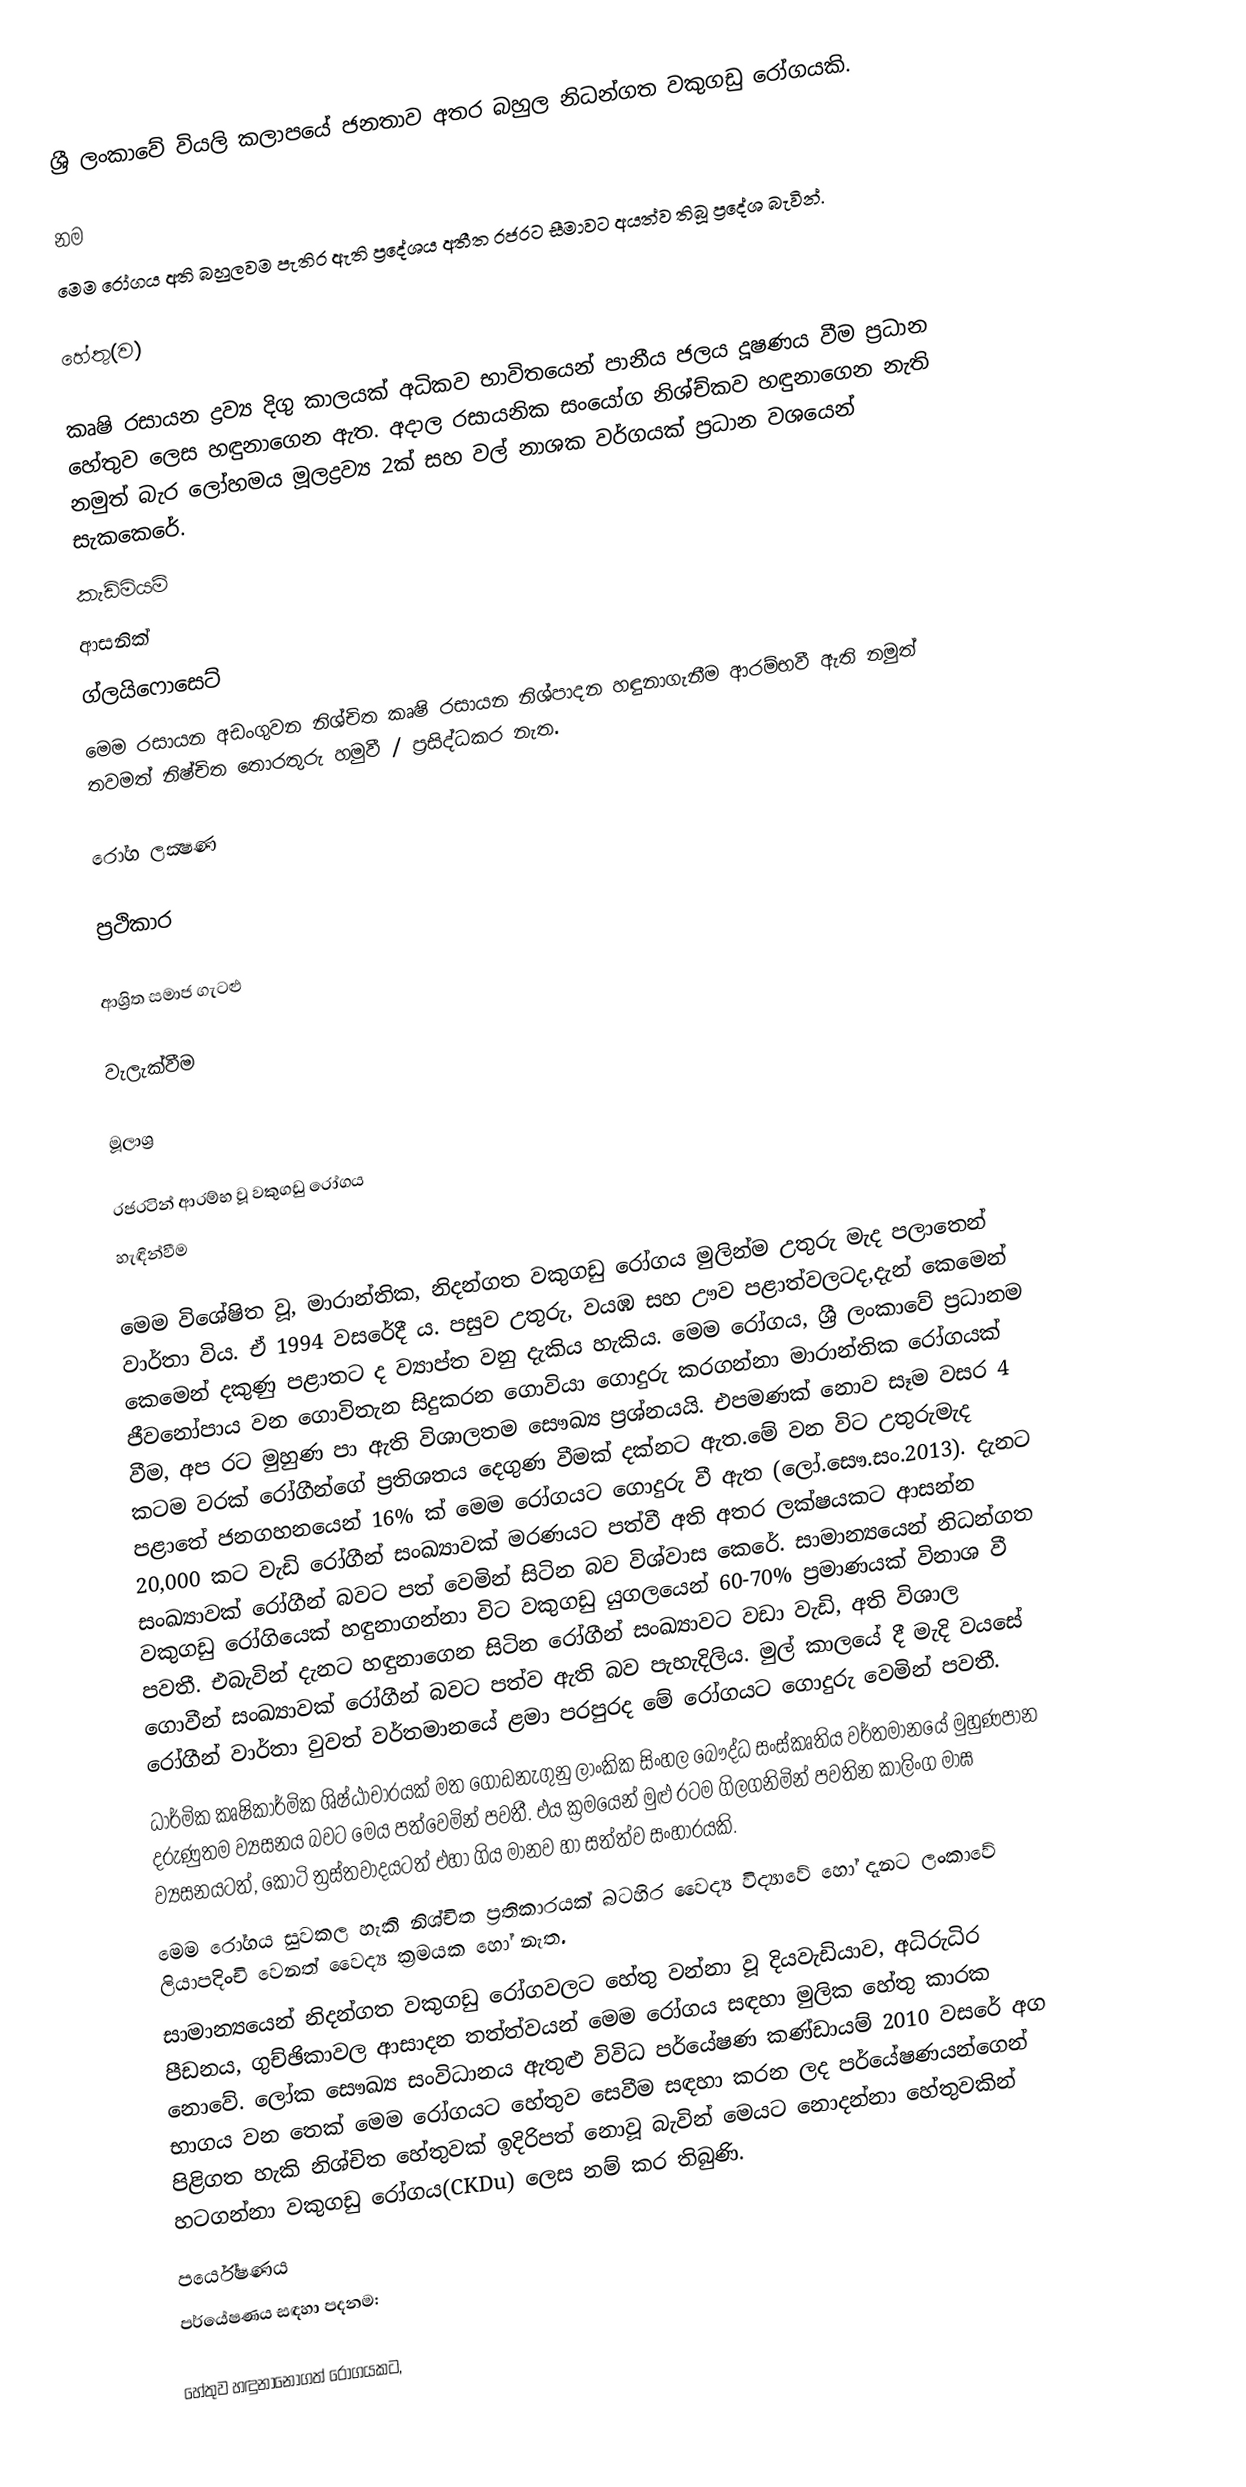
ශ්‍රී ලංකාවේ වියලි කලාපයේ ජනතාව අතර බහුල නිධන්ගත වකුගඩු රෝගයකි.

නම
මෙම රෝගය අති බහුලවම පැතිර ඇති ප්‍රදේශය අතීත රජරට සීමාවට අයත්ව තිබූ ප්‍රදේශ බැවින්.

හේතු(ව)

කෘෂි රසායන ද්‍රව්‍ය දිගු කාලයක් අධිකව භාවිතයෙන් පානීය ජලය දූෂණය වීම ප්‍රධාන හේතුව ලෙස හඳුනාගෙන ඇත. අදාල රසායනික සංයෝග නිශ්ච්කව හඳුනාගෙන නැති නමුත් බැර ලෝහමය මූලද්‍රව්‍ය  2ක් සහ වල් නාශක වර්ගයක් ප්‍රධාන වශයෙන් සැකකෙරේ.
 කැඩ්මියම්
 ආසනික්
 ග්ලයිෆොසෙට්
මෙම රසායන අඩංගුවන නිශ්චිත කෘෂි රසායන නිශ්පාදන හඳුනාගැනීම ආරම්භවී ඇති නමුත් තවමත් නිෂ්චිත තොරතුරු හමුවී / ප්‍රසිද්ධකර නැත.

රෝග ලක්‍ෂණ

ප්‍රථිකාර

ආශ්‍රිත සමාජ ගැටළු

වැලැක්වීම

මූලාශ්‍ර

රජරටින් ආරම්භ වූ වකුගඩු රෝගය
හැඳින්වීම

මෙම විශේෂිත වූ, මාරාන්තික, නිදන්ගත වකුගඩු රෝගය මුලින්ම උතුරු මැද පලාතෙන් වාර්තා විය. ඒ 1994 වසරේදී ය. පසුව උතුරු, වයඹ සහ ඌව පළාත්වලටද,දැන් කෙමෙන් කෙමෙන් දකුණු පළාතට ද ව්‍යාප්ත වනු දැකිය හැකිය. මෙම රෝගය, ශ්‍රී ලංකාවේ ප්‍රධානම ජීවනෝපාය වන ගොවිතැන සිදුකරන ගොවියා ගොදුරු කරගන්නා මාරාන්තික රෝගයක් වීම, අප රට මුහුණ පා ඇති විශාලතම සෞඛ්‍ය ප්‍රශ්නයයි. එපමණක් නොව සෑම වසර 4 කටම වරක් රෝගීන්ගේ ප්‍රතිශතය දෙගුණ වීමක් දක්නට ඇත.මේ වන විට උතුරුමැද පළාතේ ජනගහනයෙන් 16% ක් මෙම රෝගයට ගොදුරු වී ඇත (ලෝ.සෞ.සං.2013). දැනට 20,000 කට වැඩි රෝගීන් සංඛ්‍යාවක් මරණයට පත්වී අති අතර ලක්ෂයකට ආසන්න සංඛ්‍යාවක් රෝගීන් බවට පත් වෙමින් සිටින බව විශ්වාස කෙරේ. සාමාන්‍යයෙන් නිධන්ගත වකුගඩු රෝගියෙක් හඳුනාගන්නා විට වකුගඩු යුගලයෙන් 60-70% ප්‍රමාණයක් විනාශ වී පවතී. එබැවින් දැනට හඳුනාගෙන සිටින රෝගීන් සංඛ්‍යාවට වඩා වැඩි, අති විශාල ගොවීන් සංඛ්‍යාවක් රෝගීන් බවට පත්ව ඇති බව පැහැදිලිය. මුල් කාලයේ දී මැදි වයසේ රෝගීන් වාර්තා වුවත් වර්තමානයේ ළමා පරපුරද මේ රෝගයට ගොදුරු වෙමින් පවතී.
ධාර්මික කෘෂිකාර්මික ශිෂ්ඨාචාරයක් මත ගොඩනැගුනු ලාංකික සිංහල බෞද්ධ සංස්කෘතිය වර්තමානයේ මුහුණපාන දරුණුතම ව්‍යසනය බවට මෙය පත්වෙමින් පවතී. එය ක්‍රමයෙන් මුළු රටම ගිලගනිමින් පවතින කාලිංග මාඝ ව්‍යසනයටත්, කොටි ත්‍රස්තවාදයටත් එහා ගිය මානව හා සත්ත්ව සංහාරයකි.
      මෙම රෝගය  සුවකල හැකි නිශ්චිත ප්‍රතිකාරයක් බටහිර වෛද්‍ය විද්‍යාවේ හෝ දැනට ලංකාවේ ලියාපදිංචි වෙනත් වෛද්‍ය ක්‍රමයක හෝ නැත.
         සාමාන්‍යයෙන් නිදන්ගත වකුගඩු රෝගවලට හේතු වන්නා වූ දියවැඩියාව, අධිරුධිර පීඩනය, ගුච්ඡිකාවල ආසාදන තත්ත්වයන් මෙම රෝගය සඳහා මුලික හේතු කාරක නොවේ. ලෝක සෞඛ්‍ය සංවිධානය ඇතුළු විවිධ පර්යේෂණ කණ්ඩායම් 2010 වසරේ අග භාගය වන තෙක් මෙම රෝගයට හේතුව සෙවීම සඳහා කරන ලද පර්යේෂණයන්ගෙන් පිළිගත හැකි නිශ්චිත හේතුවක් ඉදිරිපත් නොවූ බැවින් මෙයට නොදන්නා හේතුවකින් හටගන්නා වකුගඩු රෝගය(CKDu) ලෙස නම් කර තිබුණි.
පර්යේෂණය
පර්යේෂණය සඳහා පදනම:

      හේතුව හඳුනානොගත් රෝගයකට,